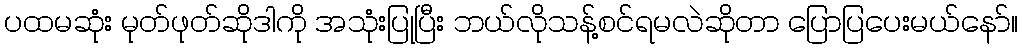
ပထမဆုံး မုတ်ဖုတ်ဆိုဒါကို အသုံးပြုပြီး ဘယ်လိုသန့်စင်ရမလဲဆိုတာ ပြောပြပေးမယ်နော်။